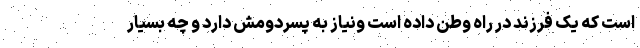
است که یک فرزند در راه وطن داده است ونیاز به پسردومش دارد و چه بسیار